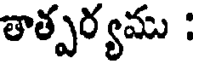
తాత్పర్యము :